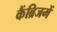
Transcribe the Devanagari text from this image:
कैंब्रिजमें